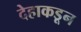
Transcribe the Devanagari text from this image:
देहाकडून